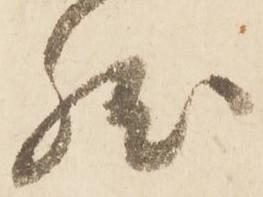
然